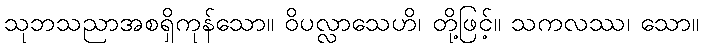
သုဘသညာအစရှိကုန်သော။ ဝိပလ္လာသေဟိ၊ တို့ဖြင့်။ သကလဿ၊ သော။